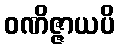
ဝဏိဇ္ဇာယပိ